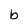
Character: b